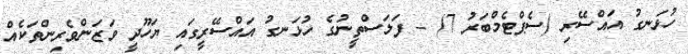
ހުޅަނގު އައްސޭރި (ސެޕްޓެމްބަރު 7) - ފަލަސްތީނުގެ ހުޅަނގު އައްސޭރީގައި ޔަހޫދީ ވަޒަންވެރިންތަކެއް